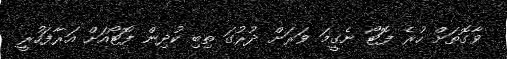
ވާގޮތަށް ހުރެ ފޮޓޯ ނެގީމަ ވަރަށް ދުރުގަ ތިބި ކުދިން ފޮޓޯއަށް އަރާފަހުރީ